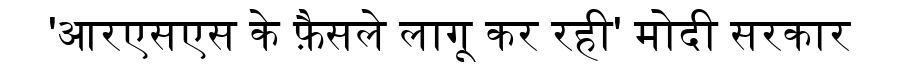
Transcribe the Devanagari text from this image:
'आरएसएस के फ़ैसले लागू कर रही' मोदी सरकार